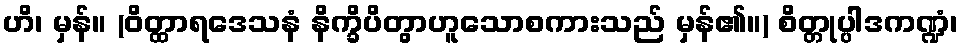
ဟိ၊ မှန်။ (ဝိတ္ထာရဒေသနံ နိက္ခိပိတွာဟူသောစကားသည် မှန်၏။) စိတ္တုပ္ပါဒကဏ္ဍံ၊